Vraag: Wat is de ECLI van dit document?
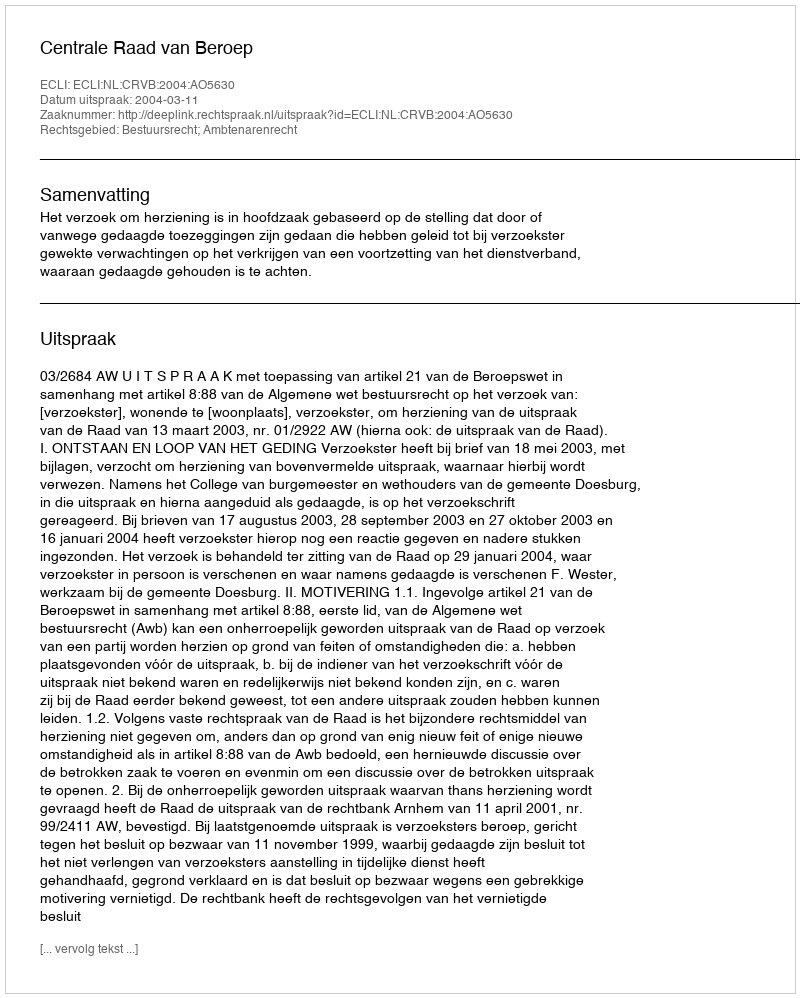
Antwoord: ECLI:NL:CRVB:2004:AO5630